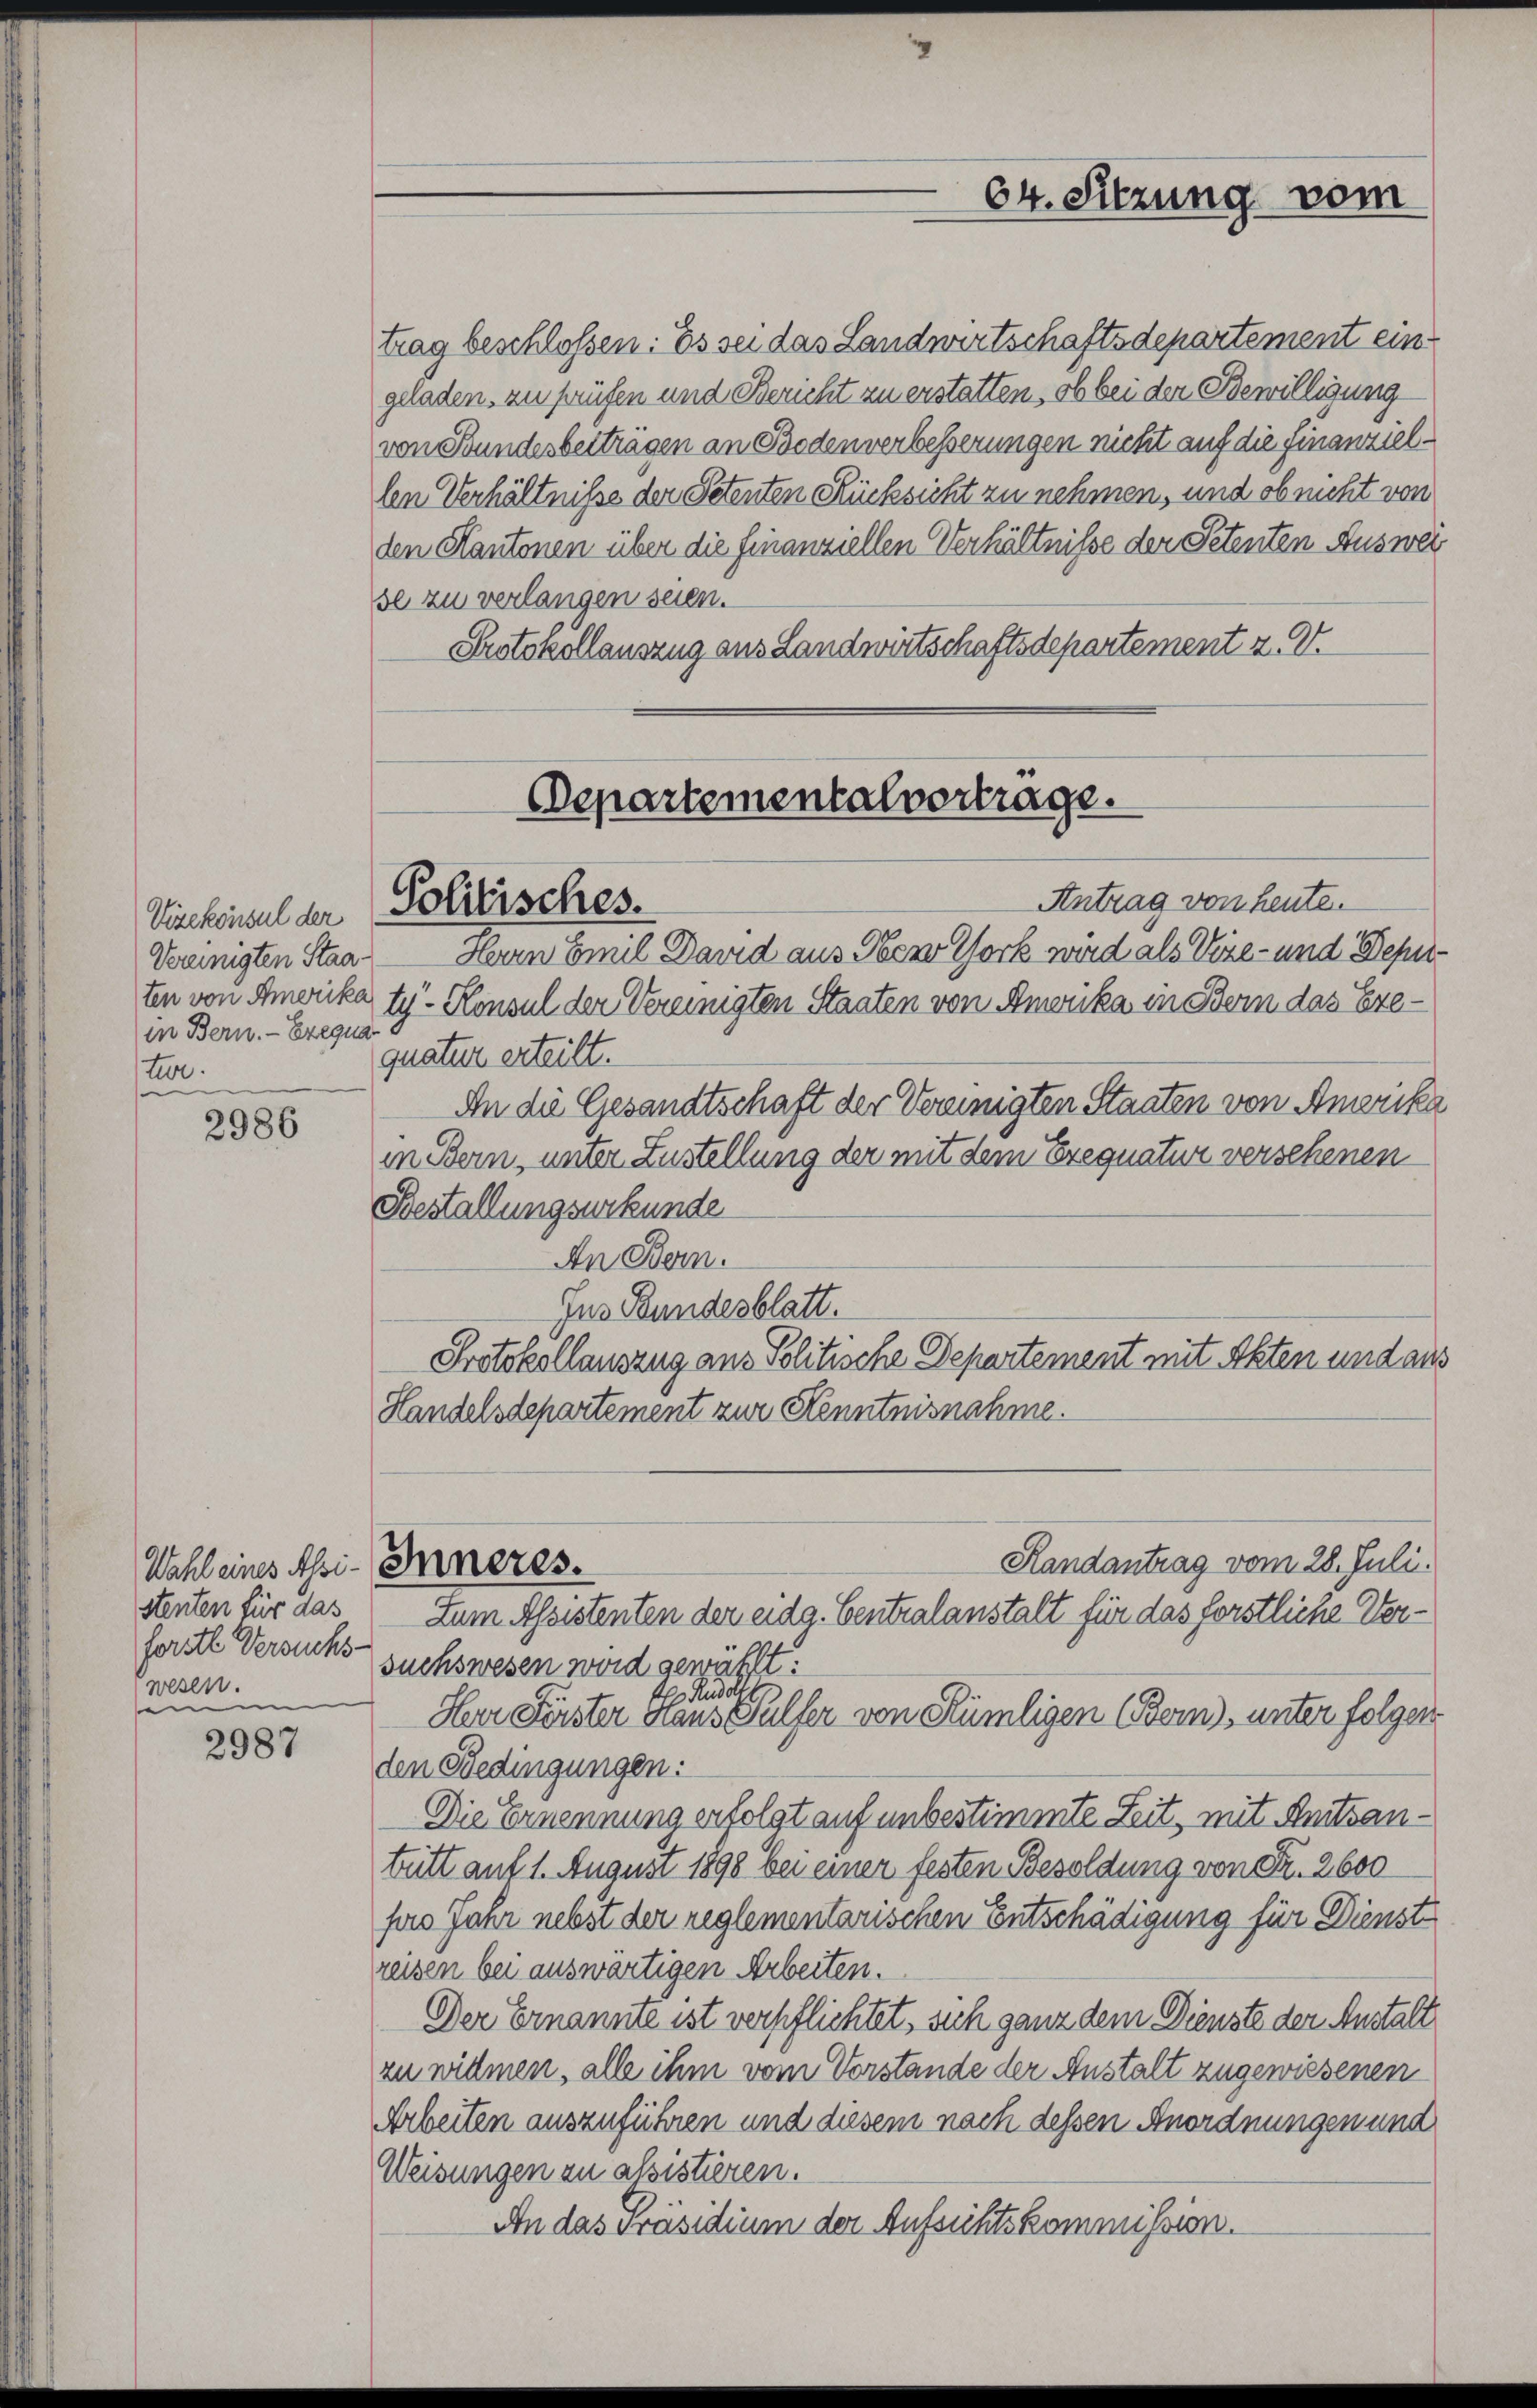
Vizekonsul der
Vereinigten Staaten von Amerika
in Bern. - Exequa
tto.

2986

Wahl eines Assi-
stenten für das
forste Versuchs
wesen.
en

2987

se zu verlangen seien.
Protokollauszug aus Landwirtschaftsdepartement z. V.

Departementalvertrage.
Politisches.

trag beschlossen: Es sei das Landwirtschaftsdepartement ein
geladen, zu prüfen und Bericht zu erstatten, ob bei der Bewilligung
von Bundesbertragen an Bodenverbesserungen nicht auf die Finanziellen Verhältnisse der Petenten Rücksicht zu nehmen, und ob nicht von
den Kantonen über die finanziellen Verhältnisse der Petenten Auswei

Antrag von heute
Herrn Emil David aus New York wird als Vize- und Deput
ty- Konsul der Vereinigten Staaten von Amwika in Bern das Exequatur erteilt.
An die Gesandtschaft der Vereinigten Staaten von Amerika
in Bern, unter Zustellung der mit dem Erequatur versehenen
Bestallungsurkunde
An Bern.
Jus Bundesblatt.
Protokollauszug aus Politische Departement mit Akten und aus
Handelsdepartement zur Kenntnisnahme.
Handantrag vom 28. Juli.
Inneres.
Zum Assistenten der eidg. Centralanstalt für das förstliche Versuchswesen word gewählt:
t Rudolf
Herr Förster Haus Gulfer von Rümligen (Bern), unter folgen
den Bedingungen:
Die Ernennung erfolgt auf unbestimmte Zeit, mit Anitsantritt auf 1. August 1898 bei einer festen Besoldung von Fr. 2600
pro Jahr nebst der reglementarischen Entschädigung für Dienst
reisen bei auswärtigen Arbeiten.
Der Ernannte ist verpflichtet, sich ganz dem Dienste der Anstalt
zu widmen, alle ihm vom Vorstande der Anstalt zugewiesenen
Arbeiten auszuführen und diesem nach dessen Anordnungen und
Weisungen zu alsistieren.
An das Präsidium der Aufsichtskommission.

64. Sitzung vom